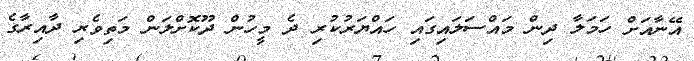
އޭނާއަށް ހަމަލާ ދިން މައްސަލައިގައި ހައްޔަރުކުރި ދެ މީހުން ދޫކޮށްލަން މަތިވެރި ދާއިރާގެ